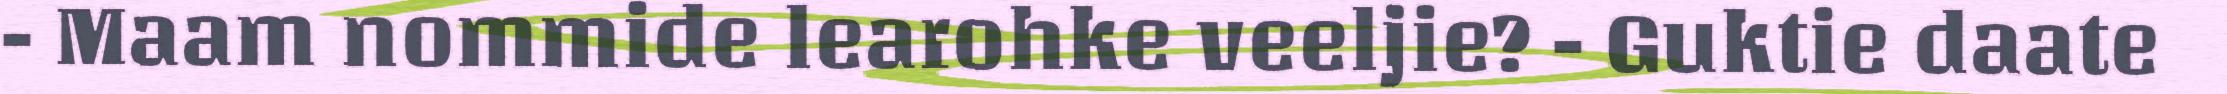
- Maam nommide learohke veeljie? - Guktie daate